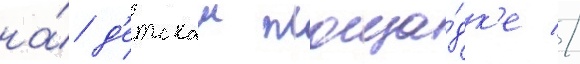
на́ д'етскои площа́дк'е //